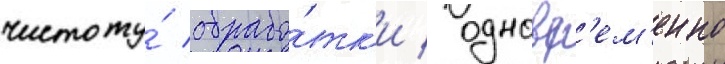
чистоту́ обрабо́тк'и / одновр'ем'енно